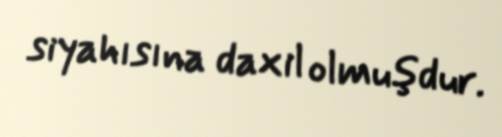
siyahısına daxil olmuşdur.